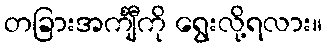
တခြားအင်္ကျီကို ရွေးလို့ရလား။